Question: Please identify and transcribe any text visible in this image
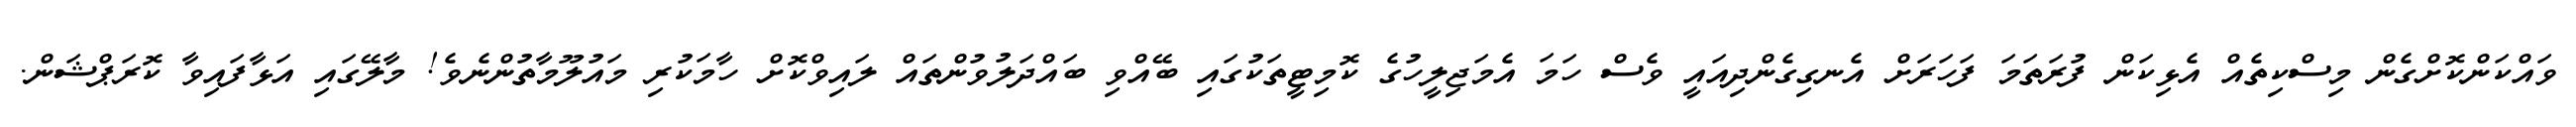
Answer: ވައްކަންކޮށްގެން މިސްކިތެއް އެޅިކަން ފުރަތަމަ ފަހަރަށް އެނގިގެންދިއައީ ވެސް ހަމަ އެމަޖިލީހުގެ ކޮމިޓީތަކުގައި ބޭއްވި ބައްދަލުވުންތައް ލައިވްކޮށް ހާމަކުރި މައުލޫމާތުންނެވެ! މާލޭގައި އަޅާފައިވާ ކޮރަޕްޝަން.